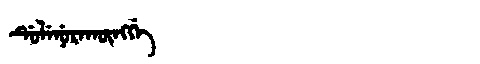
Manchu: ᡩᡠᠯᡝᠨᡠᡵᠠᡴᡡᠩᡤᡝ
Romanization: DULENURAKŪNGGE